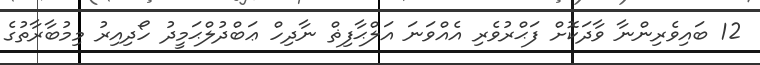
12 ބައިވެރިންނާ ވާދަކޮށް ފަޙްރުވެރި އެއްވަނަ އަލްޙާފިޡް ނާދިހް ޢަބްދުލްޙަމީދު ހޯދިއިރު މިމުބާރާތުގެ